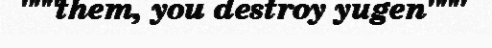
"""them, you destroy yugen"""